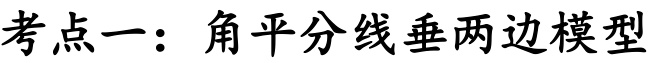
考点一：角平分线垂两边模型